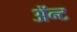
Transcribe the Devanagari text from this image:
ॲन्ट